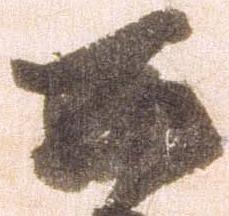
公